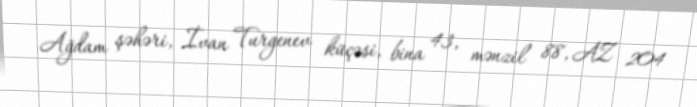
Ağdam şəhəri, İvan Turgenev küçəsi, bina 43, mənzil 88, AZ 204